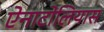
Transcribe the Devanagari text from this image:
ऐनाटोलियास